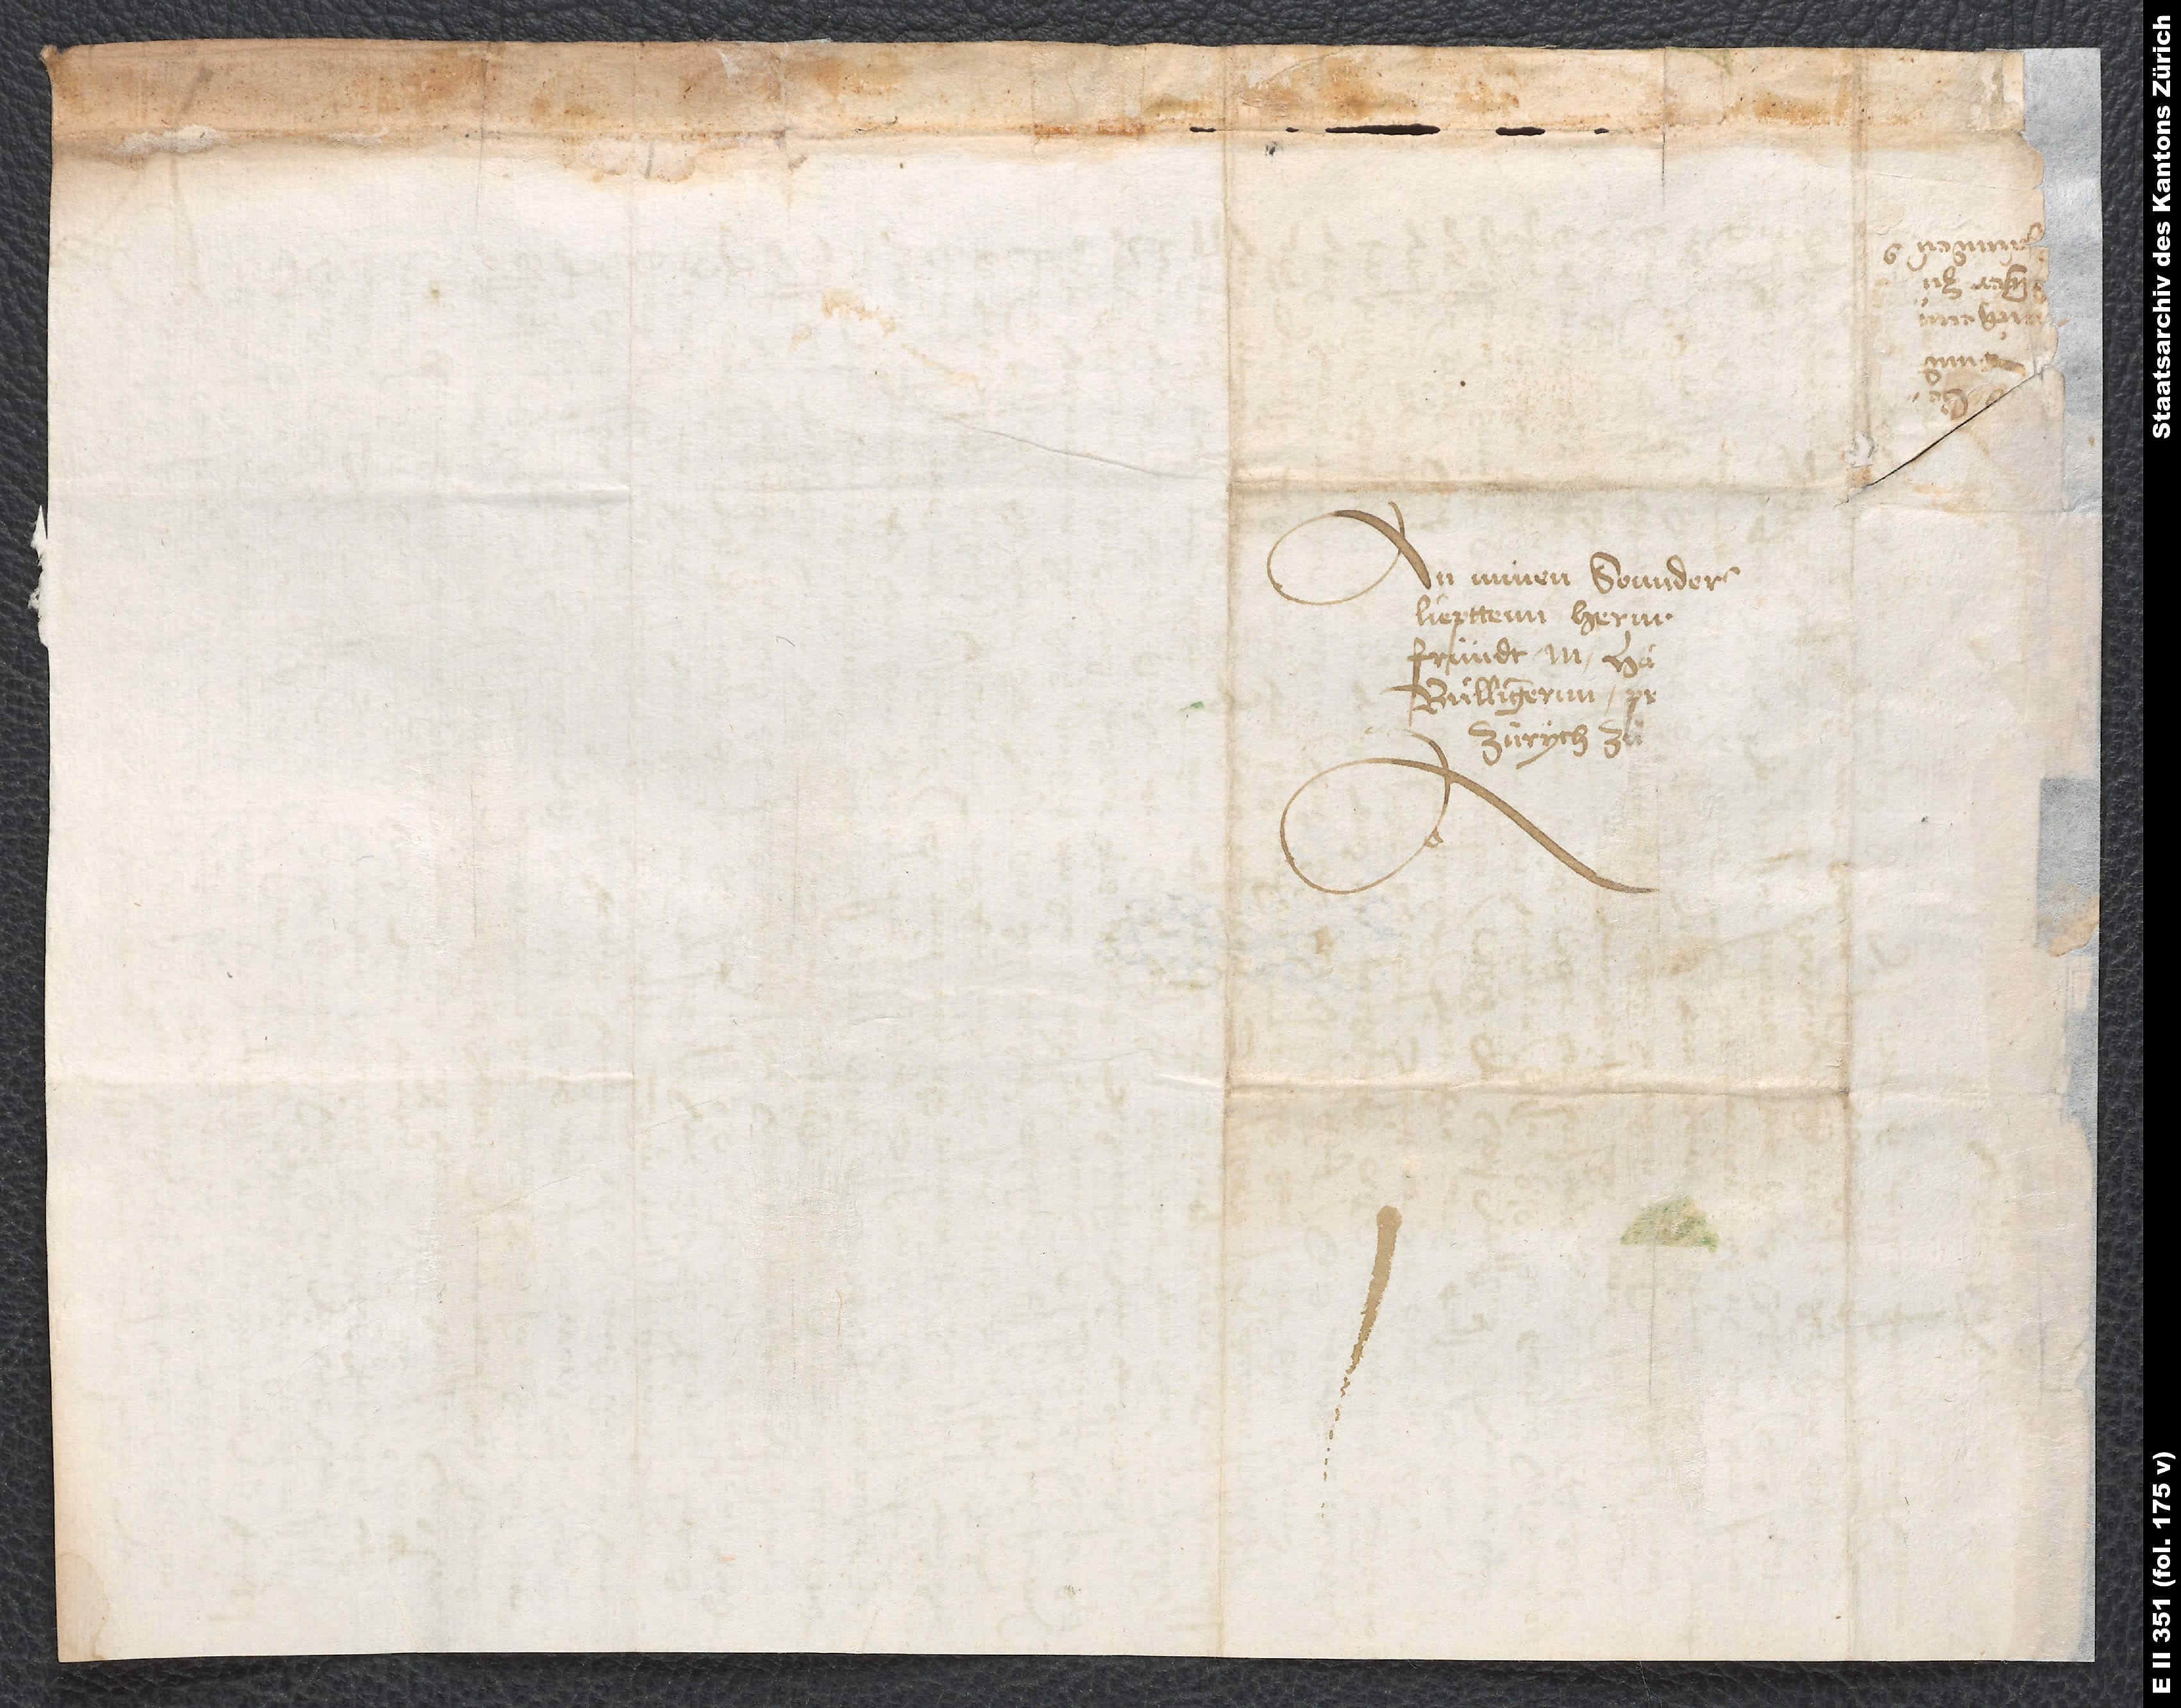
An minen sonders
geliepttenn hernn
fründt, M.
Bullingernn,
Zürych, zuͦ

Zürich,